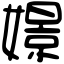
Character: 𡡡